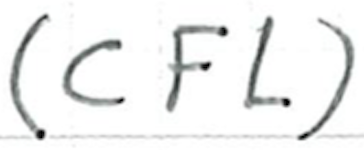
Text: (CFL)
Cross-out: clean
Writing tool: ballpoint